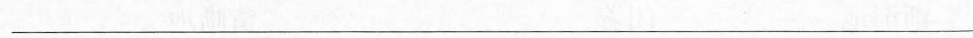
___